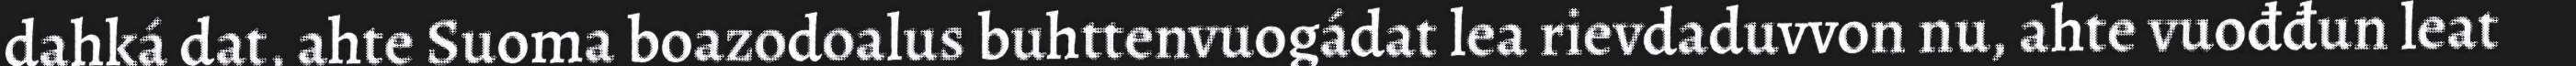
dahká dat, ahte Suoma boazodoalus buhttenvuogádat lea rievdaduvvon nu, ahte vuođđun leat